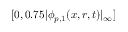
[ 0 , 0 . 7 5 | \phi _ { p , 1 } ( x , r , t ) | _ { \infty } ]